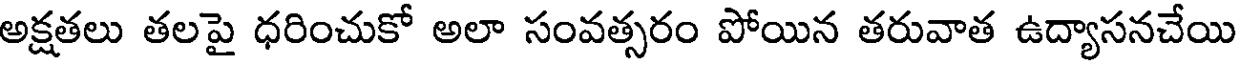
అక్షతలు తలపై ధరించుకో అలా సంవత్సరం పోయిన తరువాత ఉద్యాసనచేయి